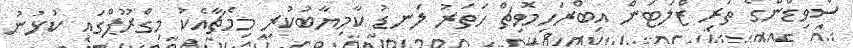
ސްވިޑްންގެ ތަރި ޒްލަޓަން އިބްރަހިމޮވިޗް ހަތަރު ލަނޑު ކާމިޔާބުކުރި މިމެޗާއެކު މިގްރޫޕްގައި ކުޅުނު